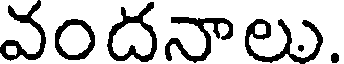
వందనాలు.